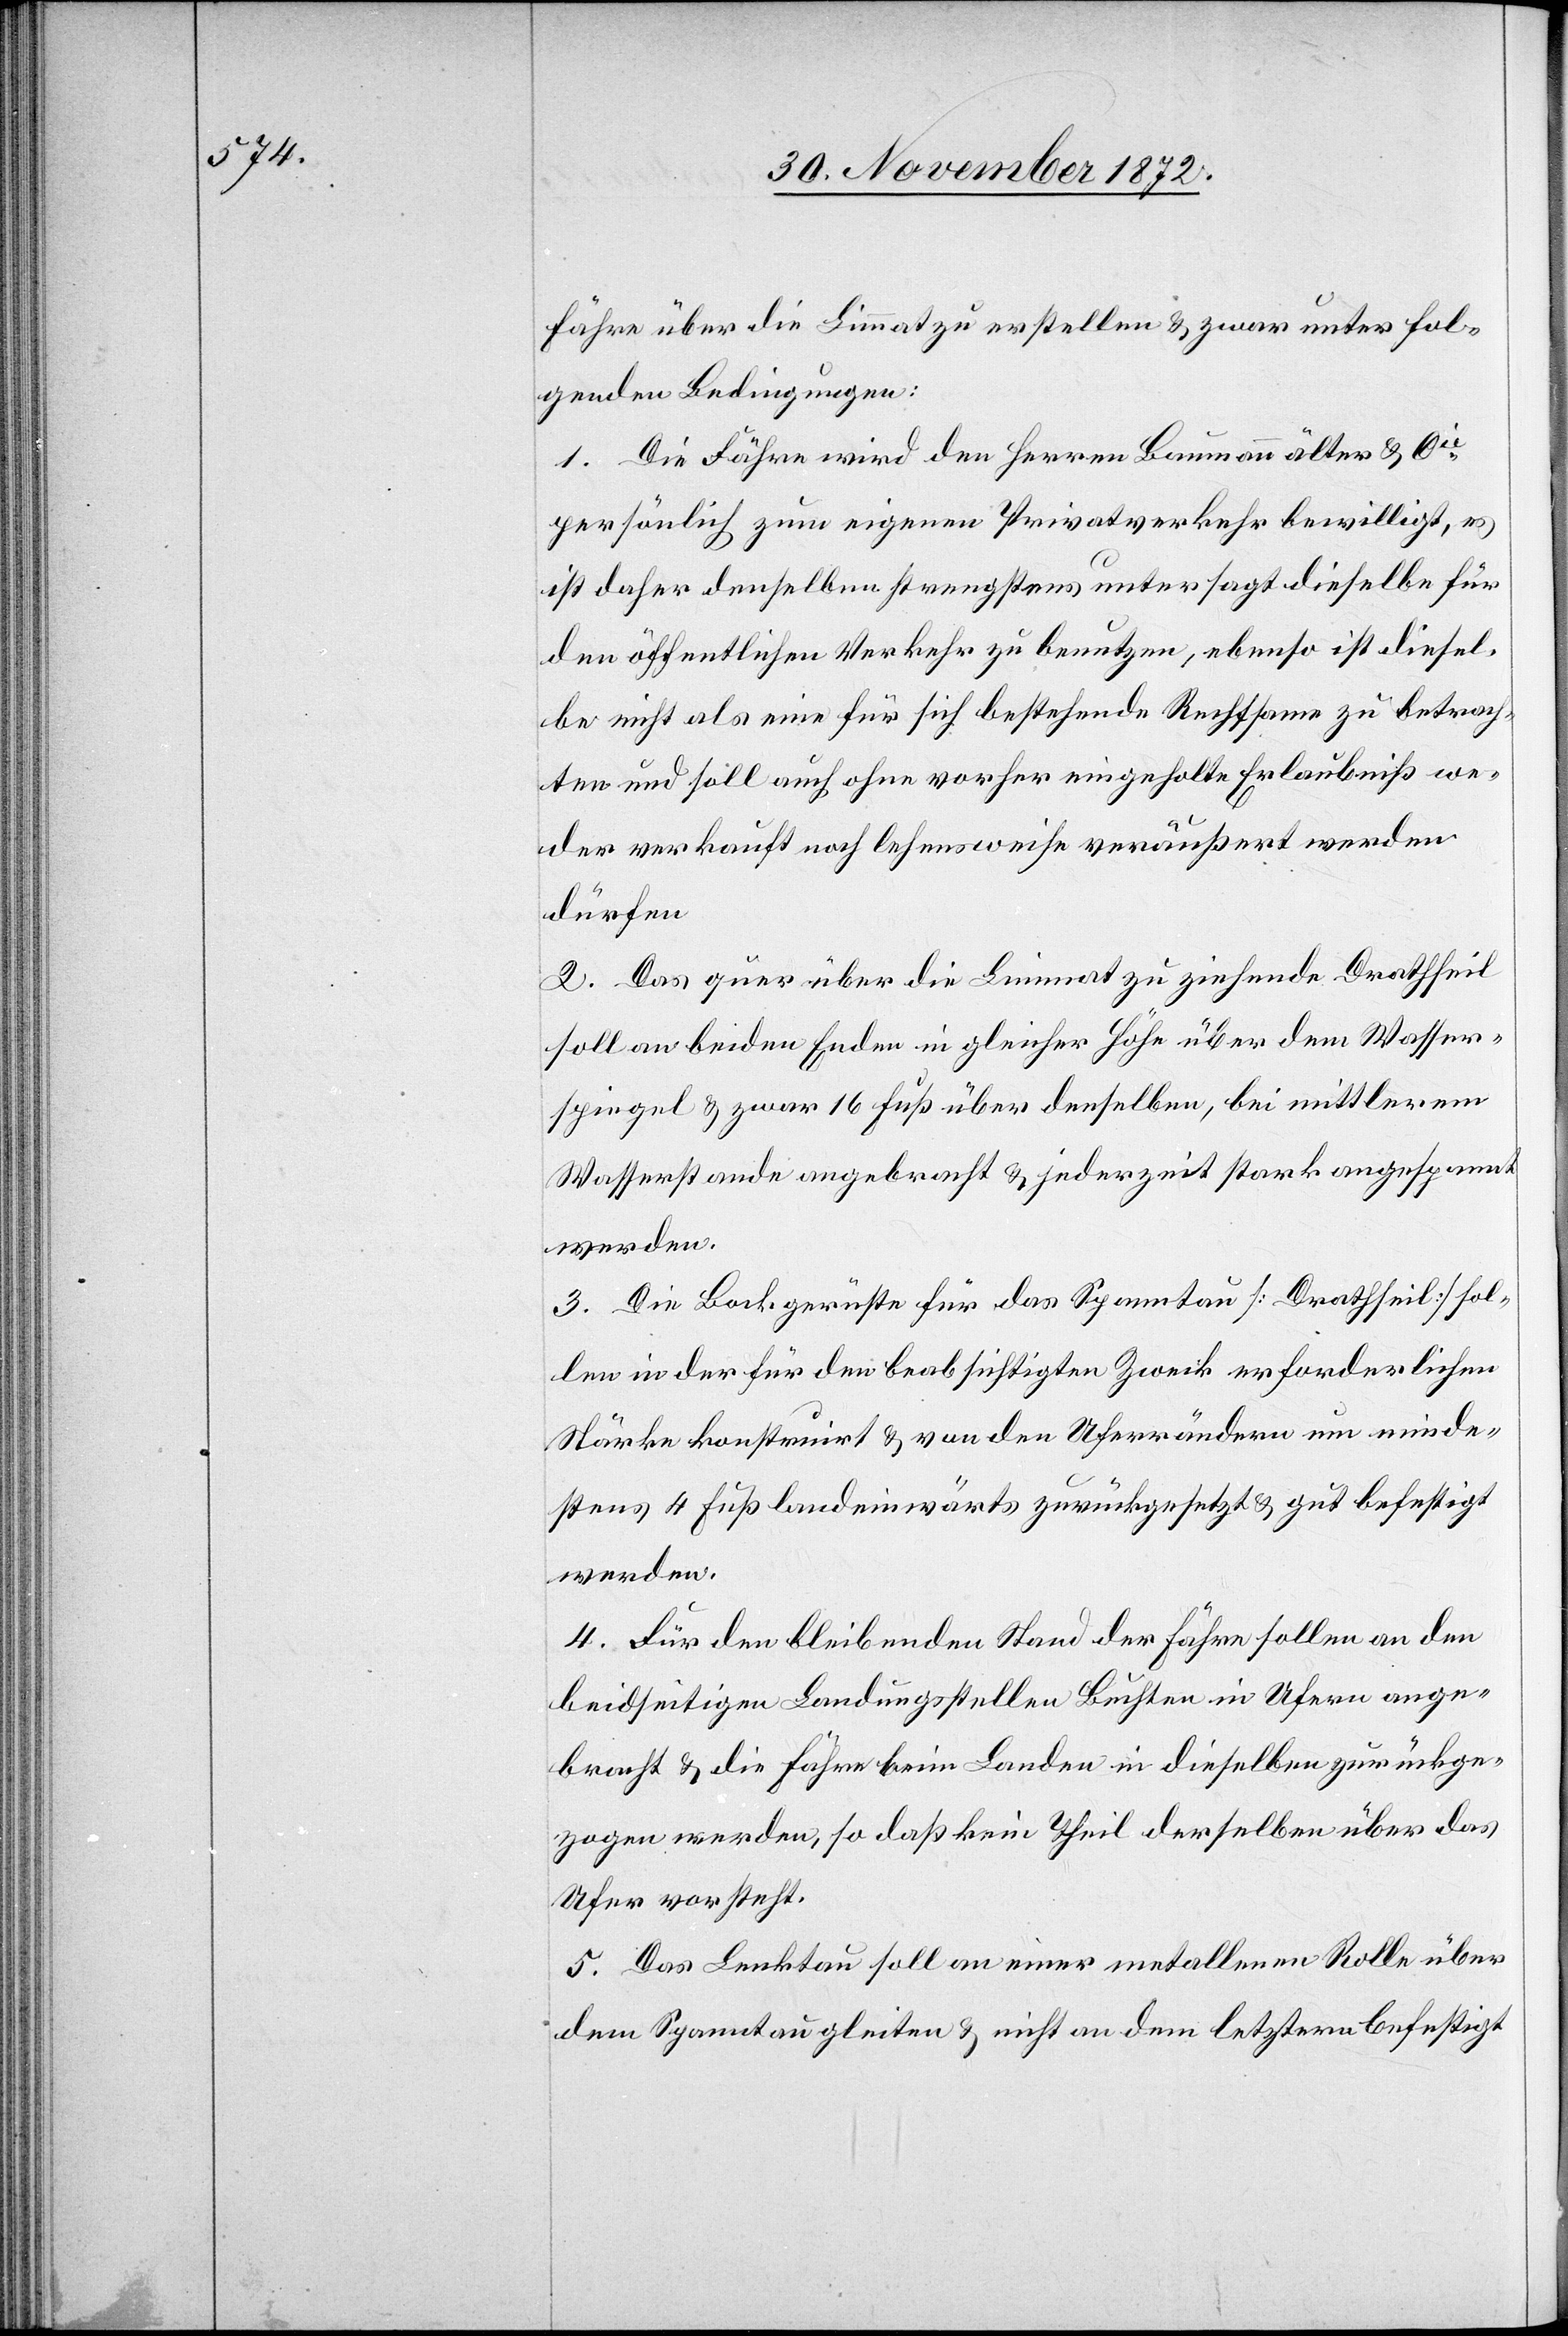
Fähre über die Limmat zu erstellen u. zwar unter fol¬
genden Bedingungen:
1. Die Fähre wird den Herren Baumann älter u. Cie
persönlich zum eigenen Privatverkehr bewilligt, es
ist daher denselben strengstens untersagt dieselbe für
den öffentlichen Verkehr zu benutzen, ebenso ist diesel¬
be nicht als eine für sich bestehende Rechtsame zu betrach¬
ten und soll auch ohne vorher eingeholte Erlaubniß we¬
der verkauft noch lehensweise veräußert werden
dürfen.
2. Das quer über die Limmat zu ziehende Drathseil
soll an beiden Enden in gleicher Höhe über dem Wasser¬
spiegel u. zwar 16 Fuß über demselben, bei mittlerem
Wasserstande angebracht u. jederzeit stark angespannt
werden.
3. Die Bockgerüste für das Spanntau [Drathseil] sol¬
len in der für den beabsichtigten Zweck erforderlichen
Stärke konstruirt u. von den Uferrändern um minde¬
stens 4 Fuß landeinwärts zurückgesetzt u. gut befestigt
werden.
4. Für den bleibenden Stand der Fähre sollen an den
beidseitigen Landungsstellen Buchten in Ufern ange¬
bracht u. die Fähre beim Landen in dieselben zurückge¬
zogen werden, so daß kein Theil derselben über das
Ufer vorsteht.
5. Das Lenktau soll an einer metallenen Rolle über
dem Spanntau gleiten u. nicht an dem letztern befestigt